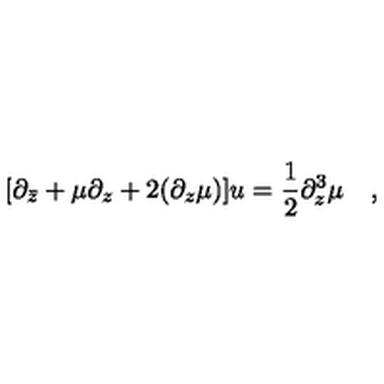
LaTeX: [ \partial _ { \bar { z } } + { \mu } \partial _ { z } + 2 ( \partial _ { z } { \mu } ) ] u = { \frac { 1 } { 2 } } \partial _ { z } ^ { 3 } { \mu } \quad ,